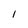
Character: l